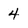
Character: 4